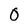
Character: 0